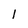
Character: l